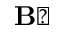
{ \bf B ¯ }